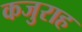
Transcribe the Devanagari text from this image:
कजुराह